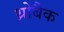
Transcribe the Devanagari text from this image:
थ्रोबैक